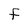
Character: f